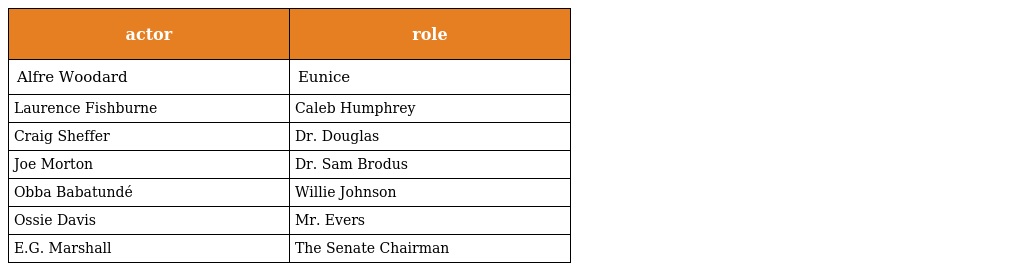
| actor | role |
 | --- | --- |
 | Alfre Woodard | Eunice |
 | Laurence Fishburne | Caleb Humphrey |
 | Craig Sheffer | Dr. Douglas |
 | Joe Morton | Dr. Sam Brodus |
 | Obba Babatundé | Willie Johnson |
 | Ossie Davis | Mr. Evers |
 | E.G. Marshall | The Senate Chairman |